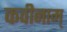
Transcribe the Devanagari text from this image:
कवीनाम्